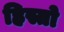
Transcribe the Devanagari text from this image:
ह्रिस्तो